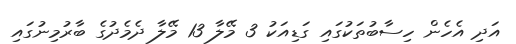
އަދި އެހެން ހިސާބުތަކުގައި ގަޑިއަކު 3 މޭލާ 13 މޭލާ ދެމެދުގެ ބާރުމިނުގައި